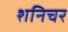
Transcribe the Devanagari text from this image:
शनिचर